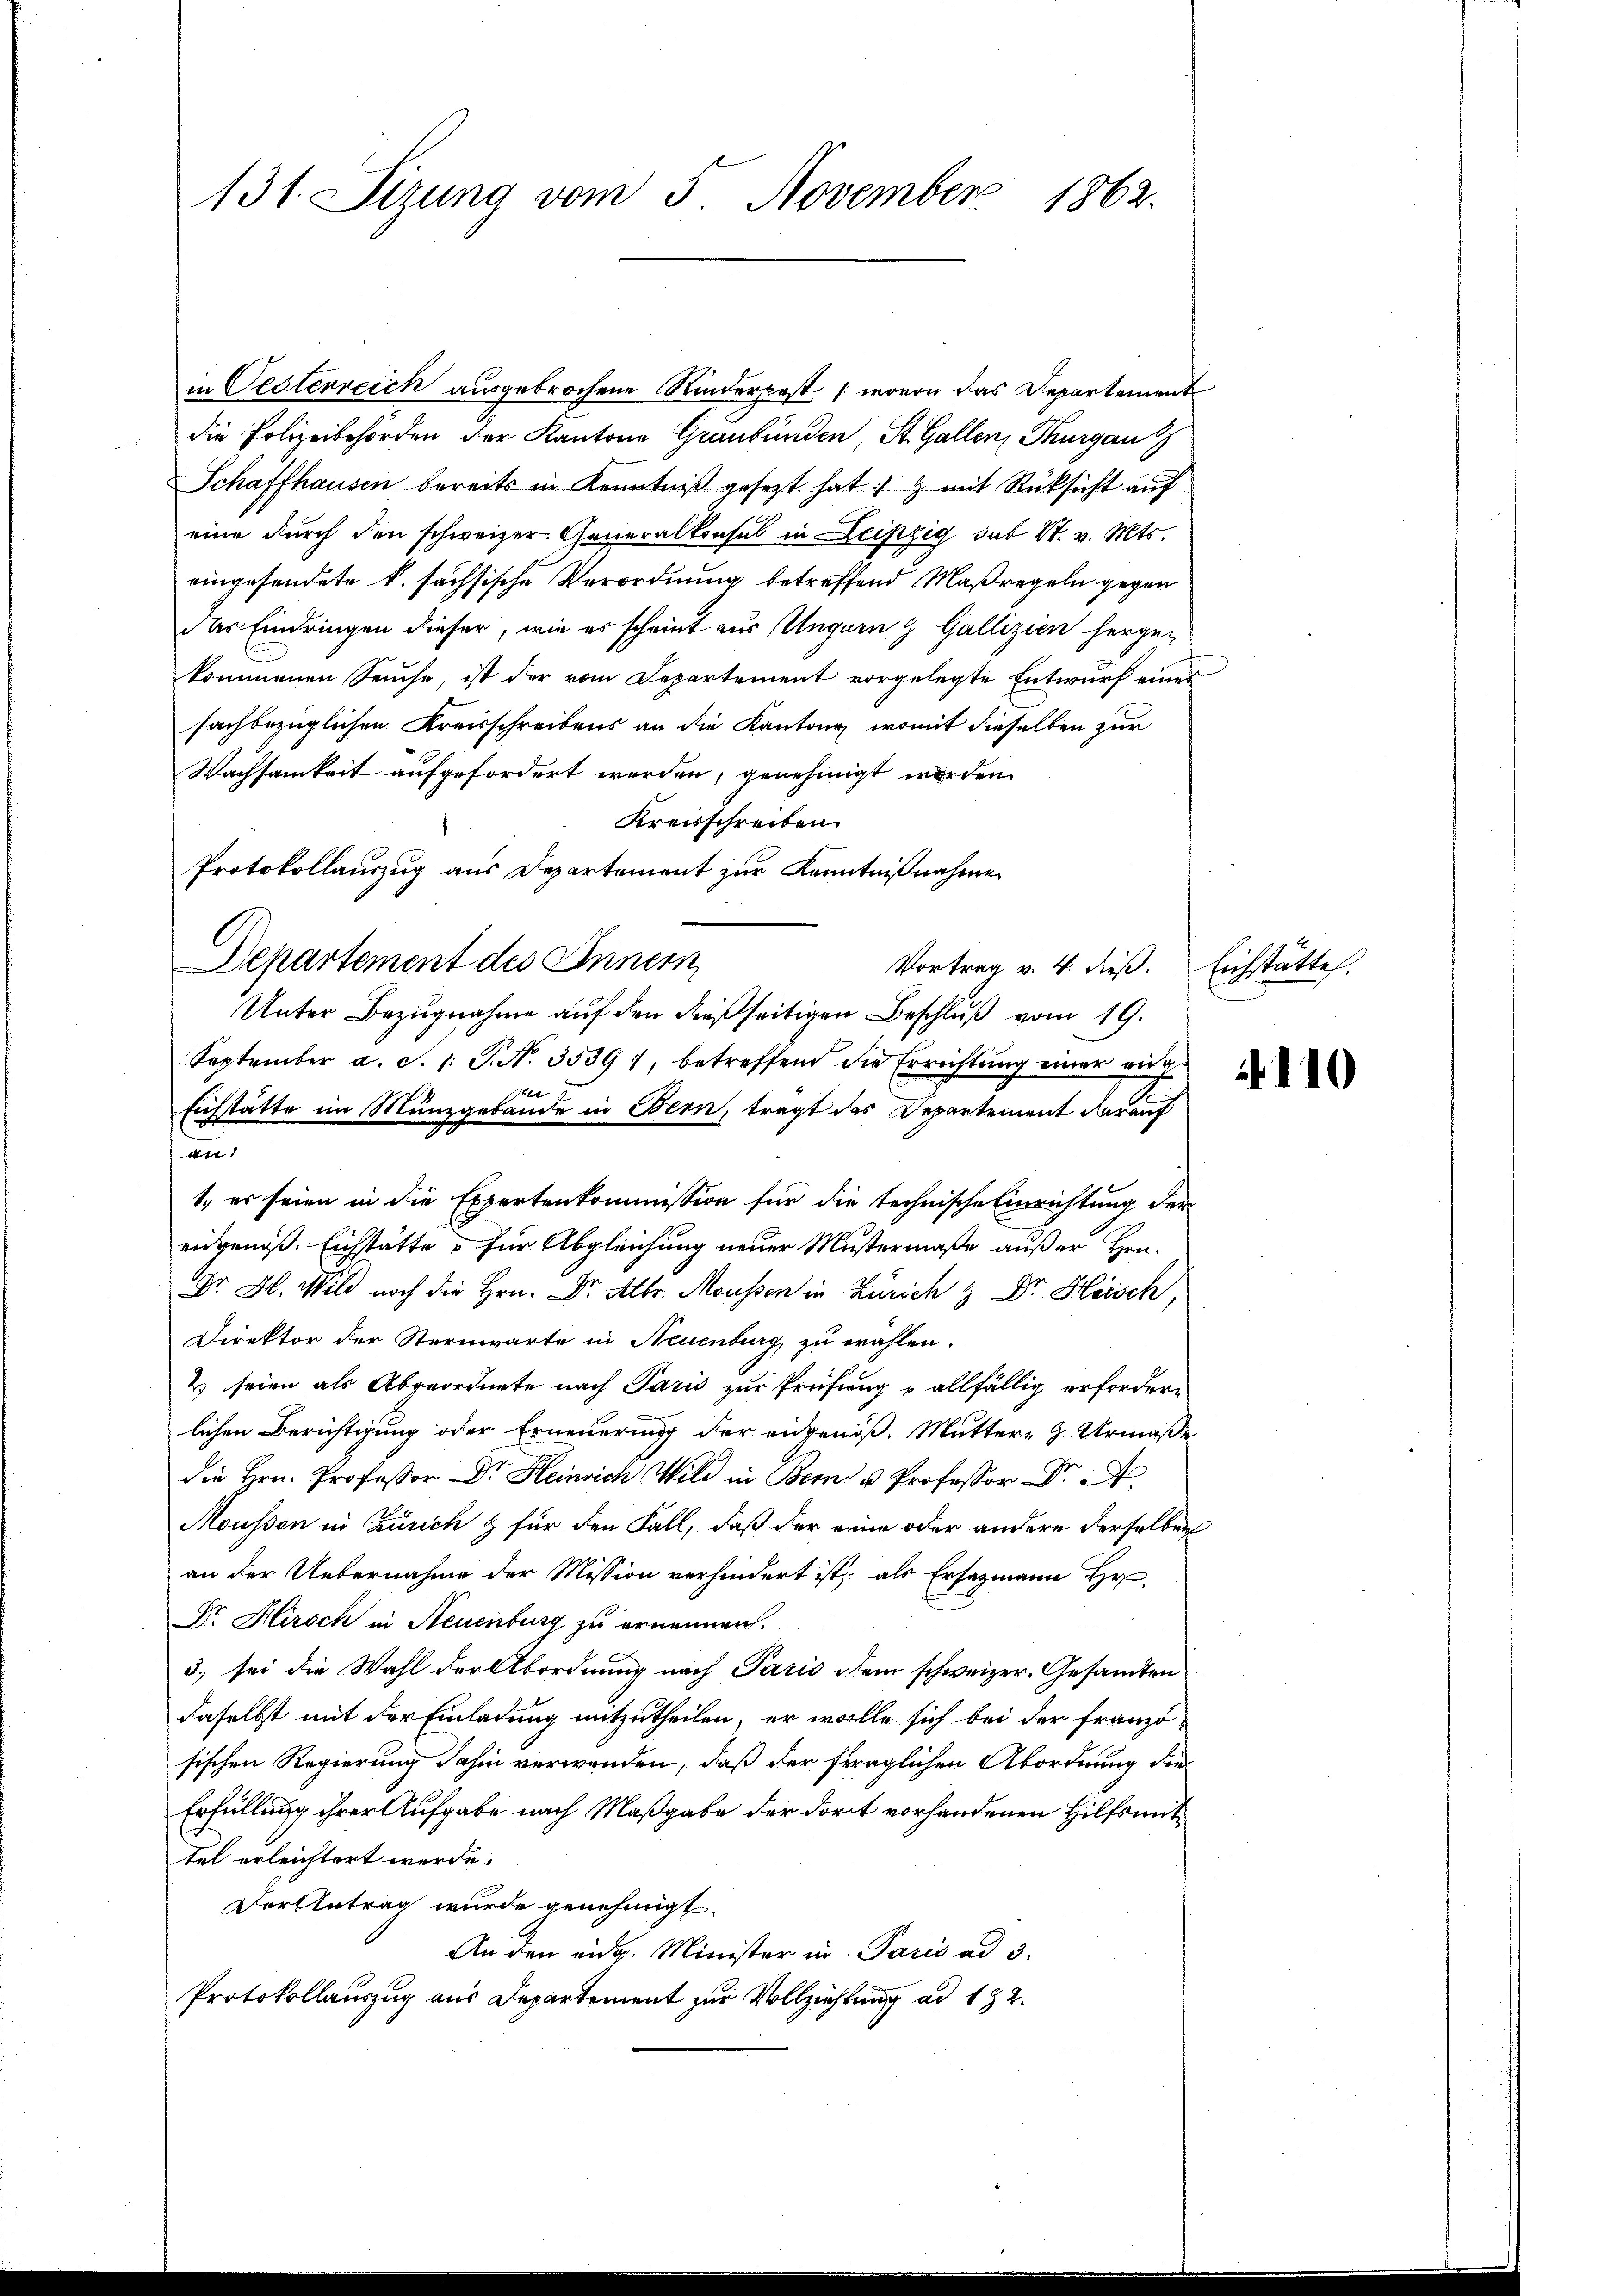
131. Sizung vom 5. November 1862.

in Oesterreich ausgebrochene Kinderpest (wovon das Departement
die Polizeibehörden der Kantone Graubünden St. Gallen, Thurgau
Schaffhausen bereits in Kenntniß gesezt hat & mit Rücksicht auf
eine durch den schweizer. Generalkonsul in Leipzig, das St. v. Mts.
eingesendete k. sächsische Verordnung betreffend Maßregeln gegen
das Eindringen dieser, wie es scheint aus Ungarn & Gallizien hergekommenen Seuche, ist der vom Departement vorgelegte Entwurf eines
sachbezüglichen Kreisschreibens an die Kantons, womit dieselben zur
Wachsamkeit aufgefordert werden, genehmigt worden.
Kreisschreiben.
Protokollauszug aus Departement zur Kenntnißnahme
Departement des Innern
Unter Bezugnahme auf den dießseitigen Beschluß vom 19.
September a. S. 1. P. N. 35391, betreffend die Errichtŭng einer virg-
t
Eichstätte im Münzgebäude in Bern, tragt das Departement darauf
1., es seien in die Expertenkommission für die technische Einrichtung der
eidgenöß. Eichstätte – für Abgleichung neuer Mustermaße außer Hrn.
Dr. H. Wild noch die Hrn. Dr. Albr. Moussen in Zürich z. Dr. Heisch,
Direktor der Sternwarte in Neuenburg zu erahlen.
2) seien als Abgeordnete nach Paris zur Prüfung u allfällig erfordern
lichen Berichtigung oder Erneuerung der eingenoß, Mutter- & Urmaße
die Hrn. Professor Dr. Heinrich Wild in Bern u Professor Dr. A
Mousson in Zürich & für den Fall, daß der eine oder andere derselben
an der Uebernahme der Mission verhindert ist, als Ersatzmann Hr
Dr. Hirsch in Neuenburg zu ernennen.
3. sei die Wahl der Abordnung nach Paris dem schweizer. Gesamten
daselbst mit der Einladung mitzutheilen, er wolle sich bei der französischen Regierung dahin verwenden, daß der fraglichen Abordnung die
Erfüllung ihrer Aufgabe nach Maßgabe der dort vorhandenen Hilfsmittel erleichtert werde.
Der Antrag wurde genehmigt.
An den eidg. Minister in Paris ad 3.
Protokollauszug aus Departement zur Vollziehung ad 172.

dn

Vortrag v. 4. dieß. Eichstätte.

4110